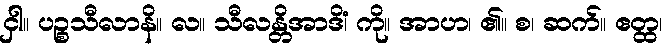
ငှါ။ ပဉ္စသီလာနိ။ လ။ သီလန္တိအာဒိံ၊ ကို။ အာဟ၊ ၏။ စ၊ ဆက်။ ဧတ္ထ၊